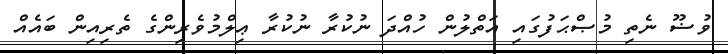
ވުޟޫ ނެތި މުޞްޙަފުގައި އަތްލުން ހުއްދަ ނުކުރާ ނުކުރާ ޢިލްމުވެރިންގެ ތެރިއިން ބައެއް